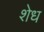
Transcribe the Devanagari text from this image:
शेध